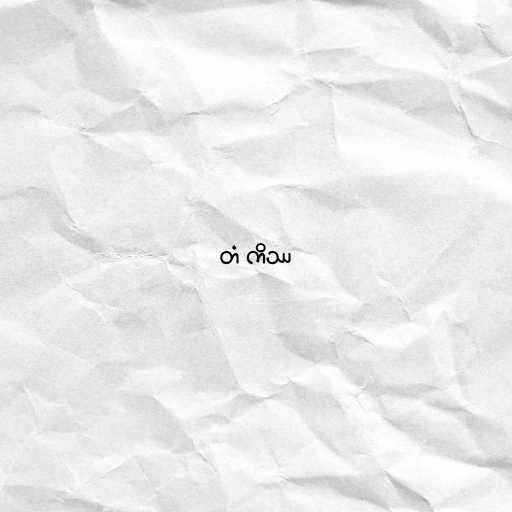
တံ ကိဿ